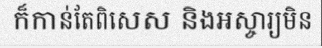
ក៏កាន់តែពិសេស និងអស្ចារ្យមិន